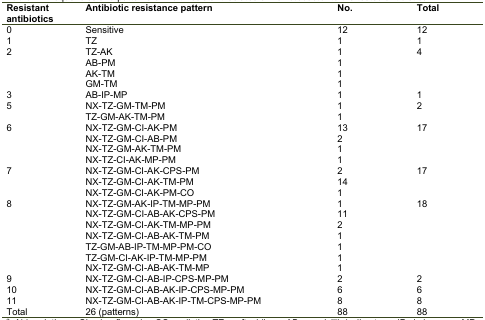
| Resistant antibiotics | Antibiotic resistance pattern | No. | Total |
 | --- | --- | --- | --- |
 | 0 | Sensitive | 12 | 12 |
 | 1 | TZ | 1 | 1 |
 | <ROWSPAN=4> 2 | TZ-AK | 1 | <ROWSPAN=4> 4 |
 | AB-PM | 1 |
 | AK-TM | 1 |
 | GM-TM | 1 |
 | 3 | AB-IP-MP | 1 | 1 |
 | <ROWSPAN=2> 5 | NX-TZ-GM-TM-PM | 1 | <ROWSPAN=2> 2 |
 | TZ-GM-AK-TM-PM | 1 |
 | <ROWSPAN=4> 6 | NX-TZ-GM-CI-AK-PM | 13 | <ROWSPAN=4> 17 |
 | NX-TZ-GM-CI-AB-PM | 2 |
 | NX-TZ-GM-AK-TM-PM | 1 |
 | NX-TZ-CI-AK-MP-PM | 1 |
 | <ROWSPAN=3> 7 | NX-TZ-GM-CI-AK-CPS-PM | 2 | <ROWSPAN=3> 17 |
 | NX-TZ-GM-CI-AK-TM-PM | 14 |
 | NX-TZ-GM-CI-AK-PM-CO | 1 |
 | <ROWSPAN=7> 8 | NX-TZ-GM-AK-IP-TM-MP-PM | 1 | <ROWSPAN=7> 18 |
 | NX-TZ-GM-CI-AB-AK-CPS-PM | 11 |
 | NX-TZ-GM-CI-AK-TM-MP-PM | 2 |
 | NX-TZ-GM-CI-AB-AK-TM-PM | 1 |
 | TZ-GM-AB-IP-TM-MP-PM-CO | 1 |
 | TZ-GM-CI-AK-IP-TM-MP-PM | 1 |
 | NX-TZ-GM-CI-AB-AK-TM-MP | 1 |
 | 9 | NX-TZ-GM-CI-AB-IP-CPS-MP-PM | 2 | 2 |
 | 10 | NX-TZ-GM-CI-AB-AK-IP-CPS-MP-PM | 6 | 6 |
 | 11 | NX-TZ-GM-CI-AB-AK-IP-TM-CPS-MP-PM | 8 | 8 |
 | Total | 26 (patterns) | 88 | 88 |